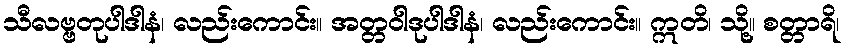
သီလဗ္ဗတုပါဒါနံ၊ လည်းကောင်း။ အတ္တဝါဒုပါဒါနံ၊ လည်းကောင်း။ ဣတိ၊ သို့။ စတ္တာရိ၊